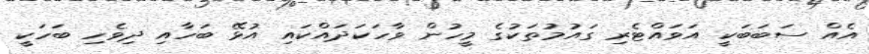
އެއް ސަބަބަކީ އަވައްޓެރި ގައުމުތަކުގެ މީހުން ވާހަކަދައްކައި އުޅޭ ބަހާއި ދިވެހި ބަހަކީ